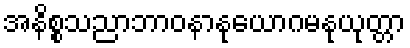
အနိစ္စသညာဘာဝနာနုယောဂမနုယုတ္တာ